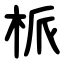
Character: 㭛